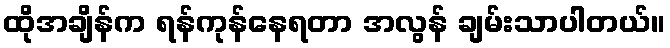
ထိုအချိန်က ရန်ကုန်နေရတာ အလွန် ချမ်းသာပါတယ်။